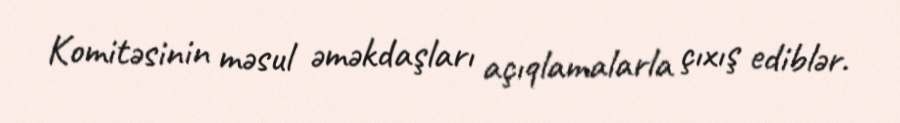
Komitəsinin məsul əməkdaşları açıqlamalarla çıxış ediblər.